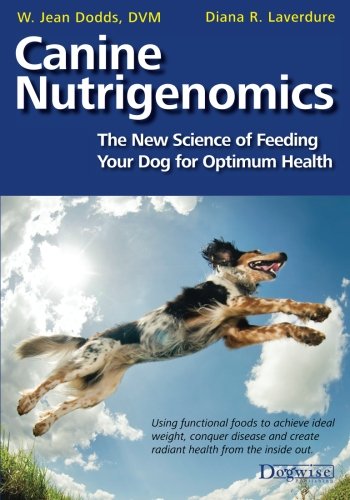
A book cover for Canine Nutrigenomics: The New Science of Feeding Your Dog for Optimum Health; W. Jean Dodds; Crafts, Hobbies & Home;